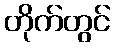
တိုက်တွင်